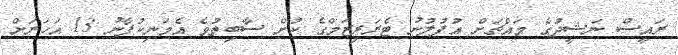
ރައީސް ނަޝީދުގެ މައްޗަށް އުފުލުނު ޓެރަރިޒަމްގެ ކުށް ސާބިތުވެ އެމަނިކުފާނު 13 އަހަރަށް